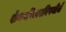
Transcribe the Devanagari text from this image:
शेक्सपिअरविषयीचे